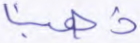
ذهبنا